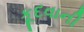
કૂદવાની